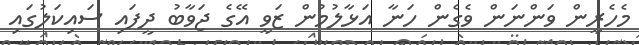
މެހެރީން ވަންނަން ވެގެން ހަނާ އަޅާލުމުން ޒަވީ އޭގެ ޖަވާބު ދީފައި ސައިކަލުގައި